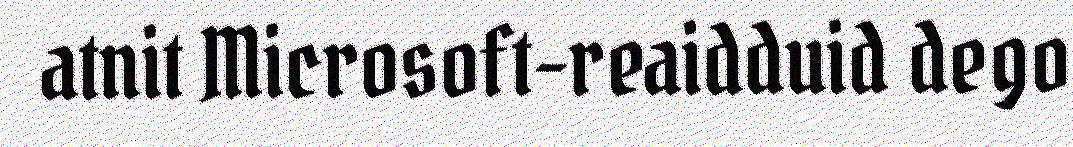
atnit Microsoft-reaidduid dego